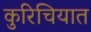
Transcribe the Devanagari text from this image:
कुरिचियात